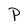
Character: P